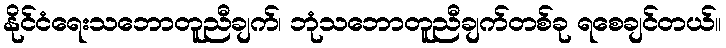
နိုင်ငံရေးသဘောတူညီချက်၊ ဘုံသဘောတူညီချက်တစ်ခု ရစေချင်တယ်။